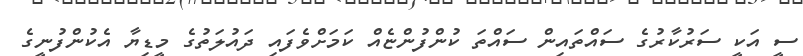
ސީ އަކީ ސަރުކާރުގެ ސައްތައިން ސައްތަ ކުންފުންޏެއް ކަމަށްވެފައި ދައުލަތުގެ މީޑިޔާ އެކުންފުނީގެ